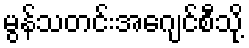
မွန်သတင်းအေဂျင်စီသို့